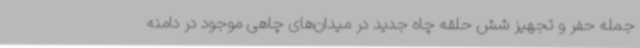
جمله حفر و تجهیز شش حلقه چاه جدید در میدان‌های چاهی موجود در دامنه